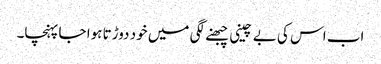
اب اس کی بے چینی چبھنے لگی میں خود دوڑتا ہوا جا پہنچا۔